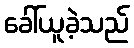
ခေါ်ယူခဲ့သည်